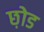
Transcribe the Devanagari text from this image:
छ़ोड